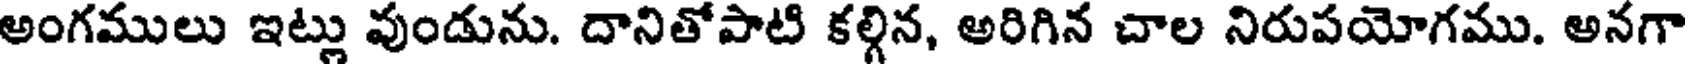
అంగములు ఇట్లు వుండును. దానితోపాటి కల్గిన, అరిగిన చాల నిరుపయోగము. అనగా